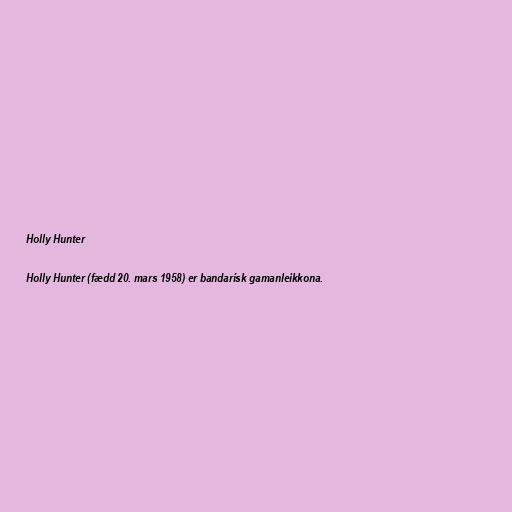
Holly Hunter

Holly Hunter (fædd 20. mars 1958) er bandarísk gamanleikkona.